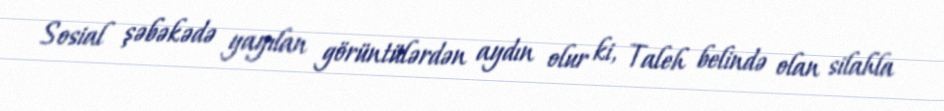
Sosial şəbəkədə yayılan görüntülərdən aydın olur ki, Taleh belində olan silahla